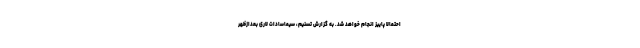
احتمالاً پاییز انجام خواهد شد. به گزارش تسنیم، سیماسادات لاری بعدازظهر